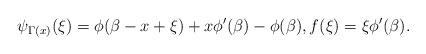
LaTeX: \begin{align*}\psi_{\Gamma(x)}(\xi)=\phi(\beta-x+\xi)+x\phi'(\beta)-\phi(\beta),f(\xi)=\xi\phi'(\beta).\end{align*}